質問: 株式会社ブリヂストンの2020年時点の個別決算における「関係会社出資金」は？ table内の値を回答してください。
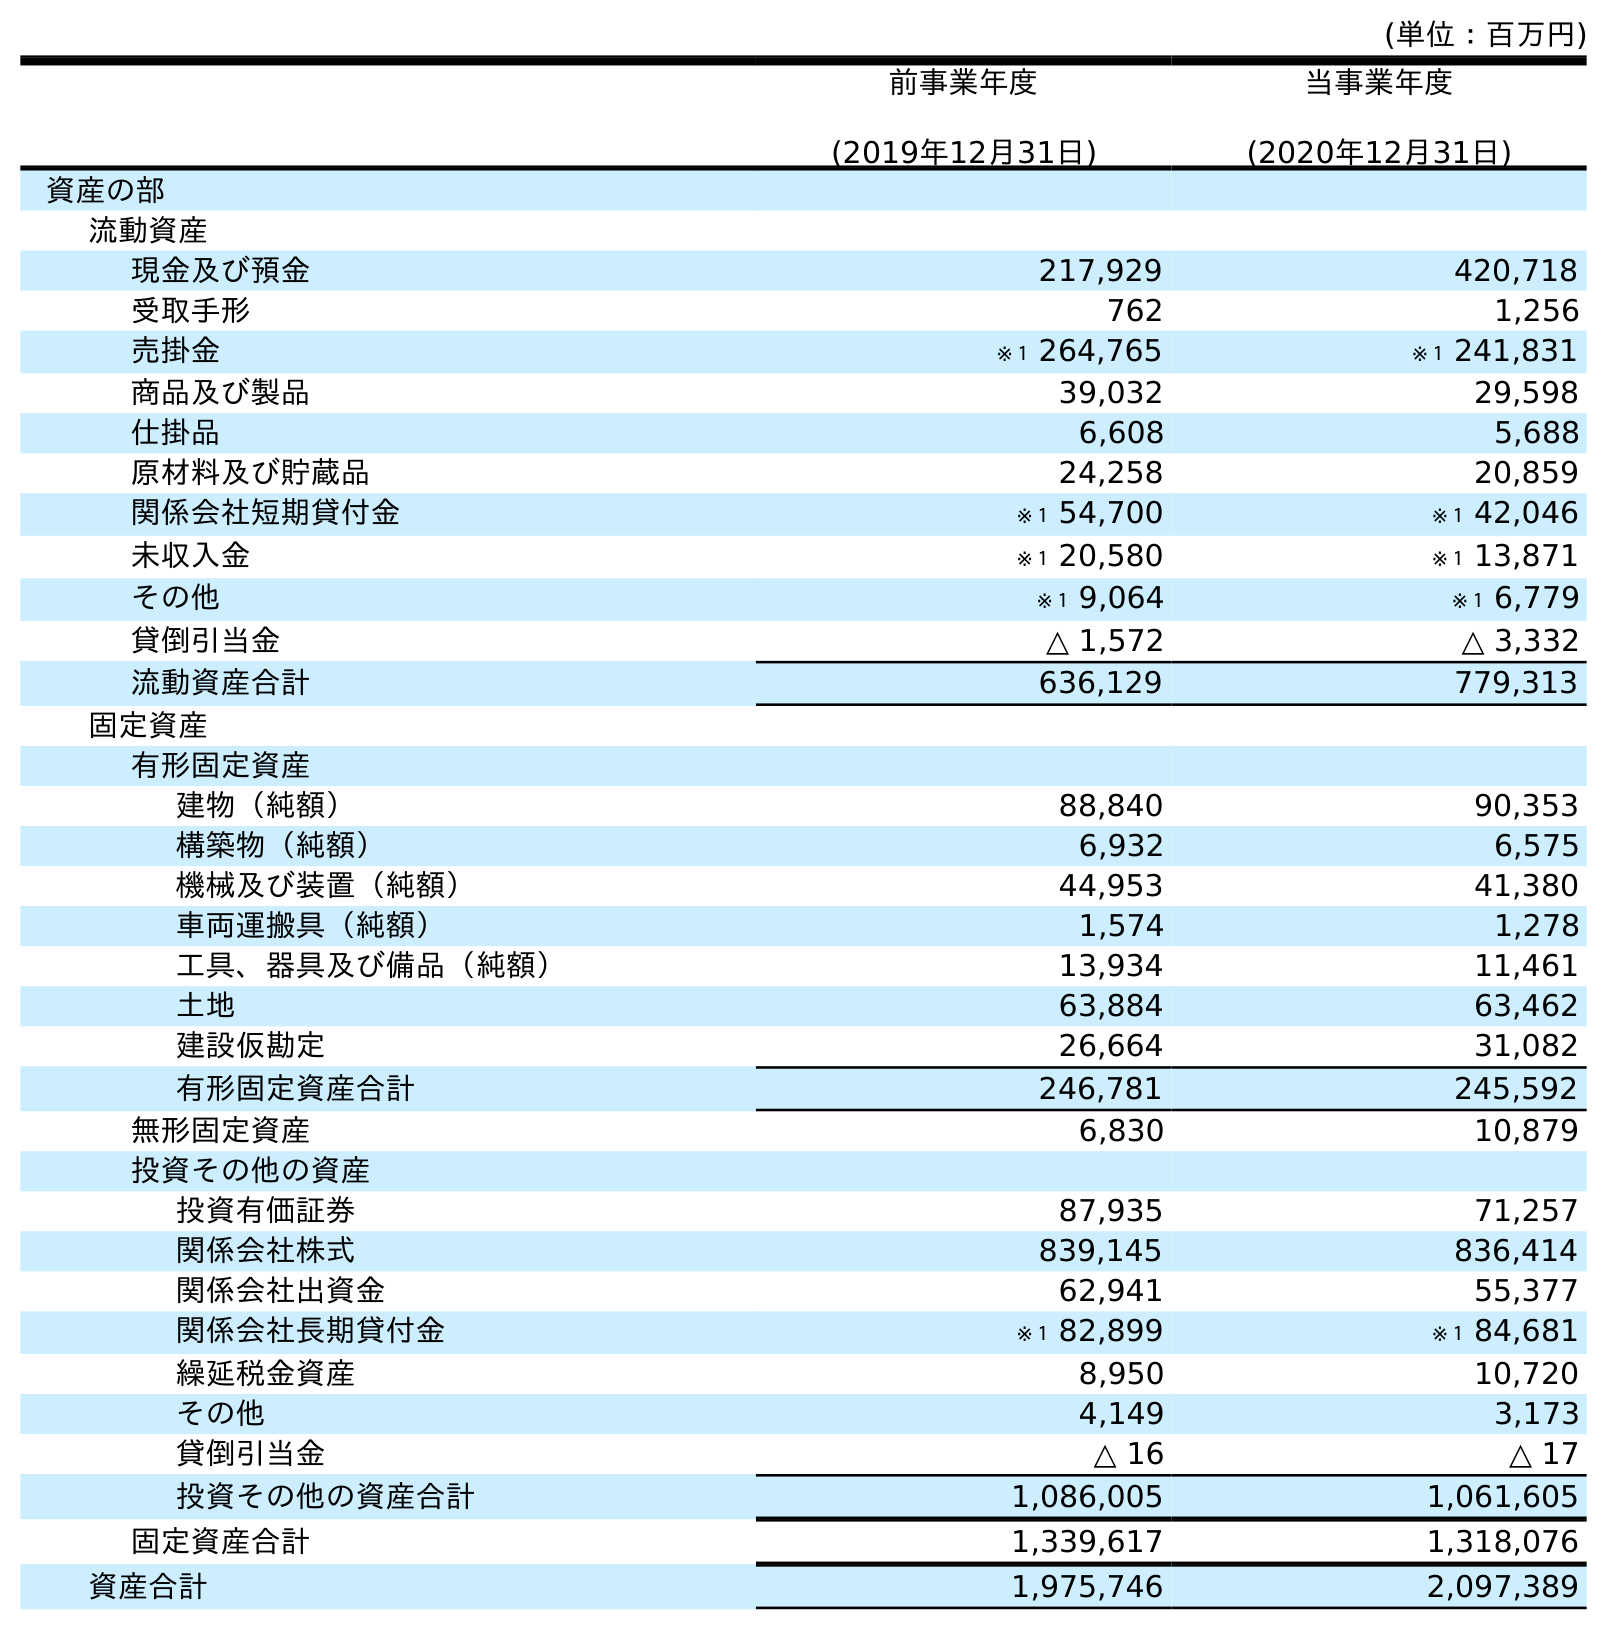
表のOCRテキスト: (単位：百万円) 前事業年度 (2019年12月31日) 当事業年度 (2020年12月31日) 資産の部 流動資産 現金及び預金 217,929 420,718 受取手形 762 1,256 売掛金 ※１ 264,765 ※１ 241,831 商品及び製品 39,032 29,598 仕掛品 6,608 5,688 原材料及び貯蔵品 24,258 20,859 関係会社短期貸付金 ※１ 54,700 ※１ 42,046 未収入金 ※１ 20,580 ※１ 13,871 その他 ※１ 9,064 ※１ 6,779 貸倒引当金 △ 1,572 △ 3,332 流動資産合計 636,129 779,313 固定資産 有形固定資産 建物（純額） 88,840 90,353 構築物（純額） 6,932 6,575 機械及び装置（純額） 44,953 41,380 車両運搬具（純額） 1,574 1,278 工具、器具及び備品（純額） 13,934 11,461 土地 63,884 63,462 建設仮勘定 26,664 31,082 有形固定資産合計 246,781 245,592 無形固定資産 6,830 10,879 投資その他の資産 投資有価証券 87,935 71,257 関係会社株式 839,145 836,414 関係会社出資金 62,941 55,377 関係会社長期貸付金 ※１ 82,899 ※１ 84,681 繰延税金資産 8,950 10,720 その他 4,149 3,173 貸倒引当金 △ 16 △ 17 投資その他の資産合計 1,086,005 1,061,605 固定資産合計 1,339,617 1,318,076 資産合計 1,975,746 2,097,389
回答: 55,377